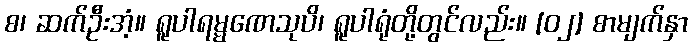
စ၊ ဆက်ဦးအံ့။ ရူပါရမ္မဏေသုပိ၊ ရူပါရုံတို့တွင်လည်း။ [၀၂] စာမျက်နှာ